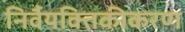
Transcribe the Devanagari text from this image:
निर्वैयक्तिकीकरण